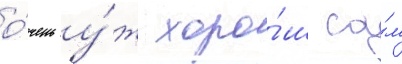
о́чень у́ж хоро́ш са́м